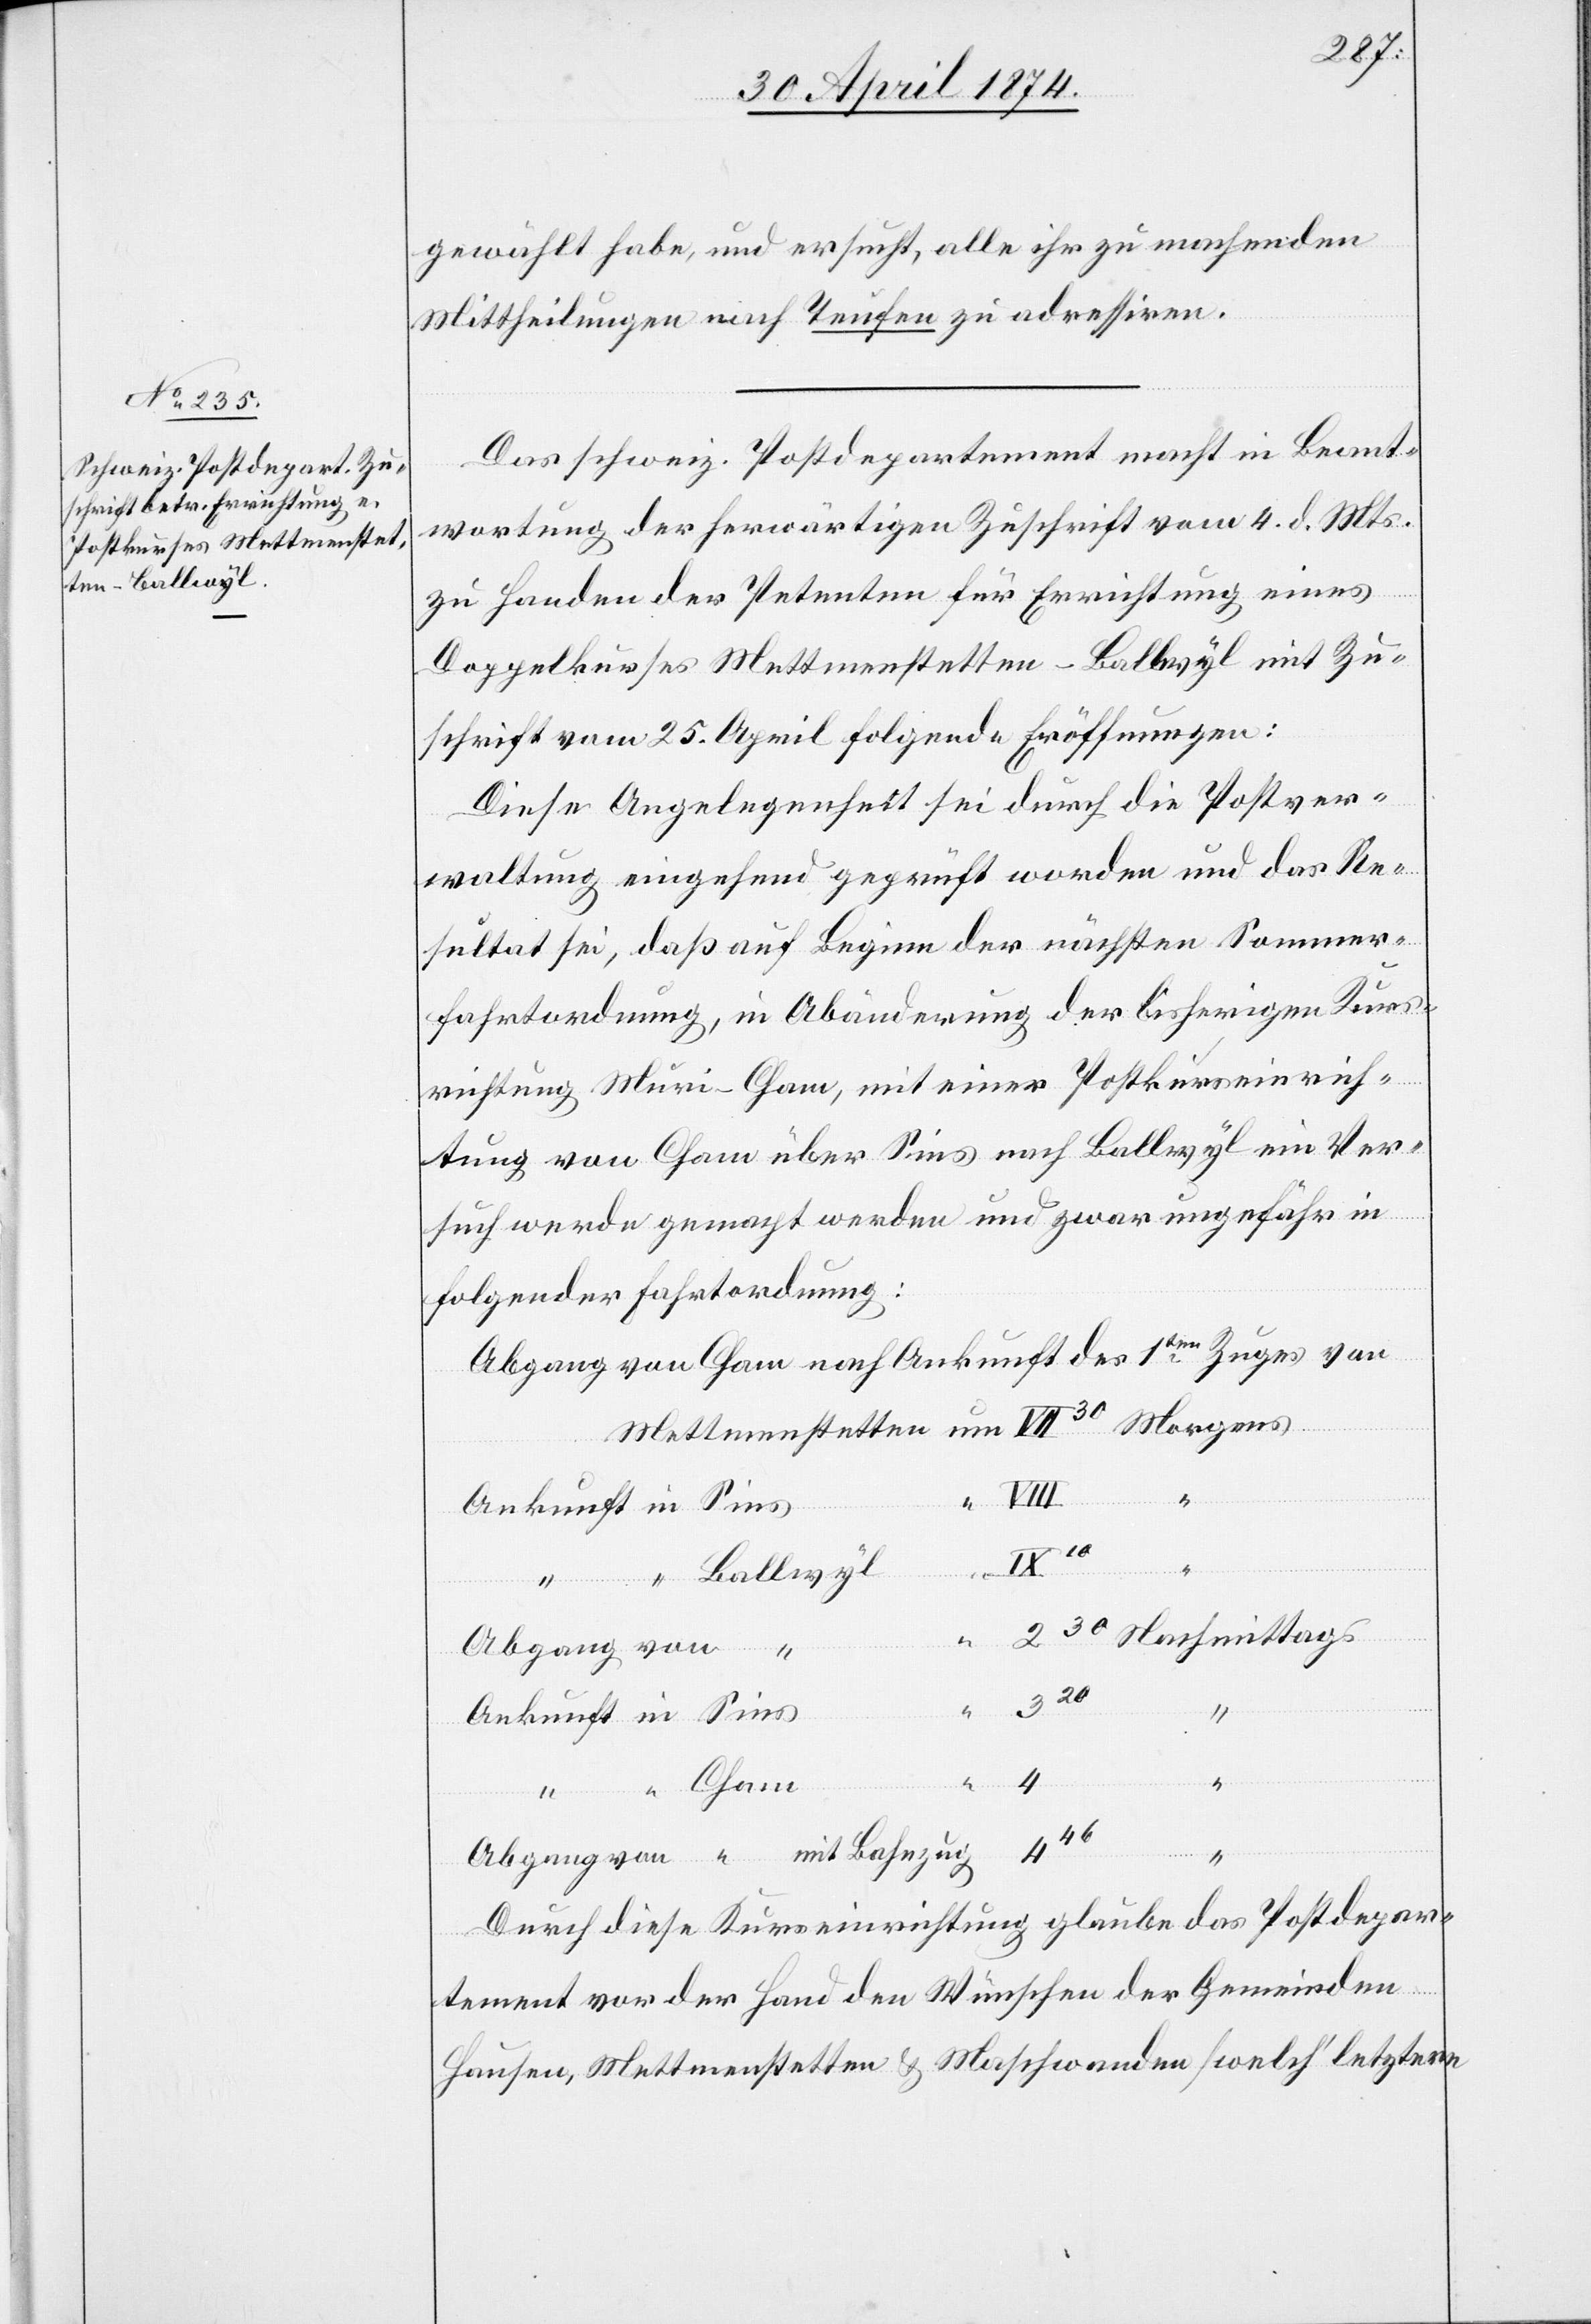
gewählt habe, und ersucht, alle ihr zu machenden
Mittheilungen nach Teufen zu adressiren.
Das schweiz. Postdepartement macht in Beant¬
wortung der herwärtigen Zuschrift vom 4.dm
zu Handen der Petenten für Errichtung eines
Doppelkurses Mettmenstetten-Ballwyl mit Zu¬
schrift vom 25. April folgende Eröffnungen:
Diese Angelegenheit sei durch die Postver¬
waltung eingehend geprüft worden und das Re¬
sultat sei, daß auf Beginn der nächsten Sommer¬
fahrtordnung, in Abänderung der bisherigen Kurs¬
richtung Muri-Cham, mit einer Postkurseinrich¬
tung von Cham über Sins nach Ballwyl ein Ver¬
such werde gemacht werden und zwar ungefähr in
folgender Fahrtordnung:
Abgang von Cham nach Ankunft des 1ten Zuges von
446
“
Ballwyl
stetten
Sins
230
Nachmittags
320
4
Durch diese Kurseinrichtung glaube das Postdepar¬
tment vor der Hand den Wünschen der Gemeinden
Hausen, Mettmenstetten u. Maschwanden [welch’letztere